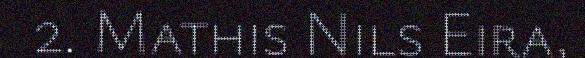
2. Mathis Nils Eira,